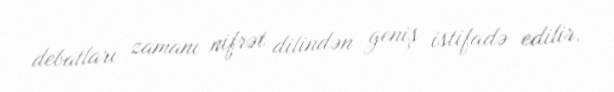
debatları zamanı nifrət dilindən geniş istifadə edilir.